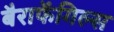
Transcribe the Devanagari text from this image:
बैराफेंगिल्स